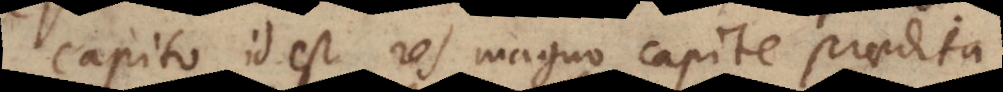
capito, id est res magno capite praedita,